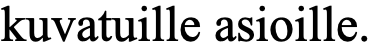
kuvatuille asioille.